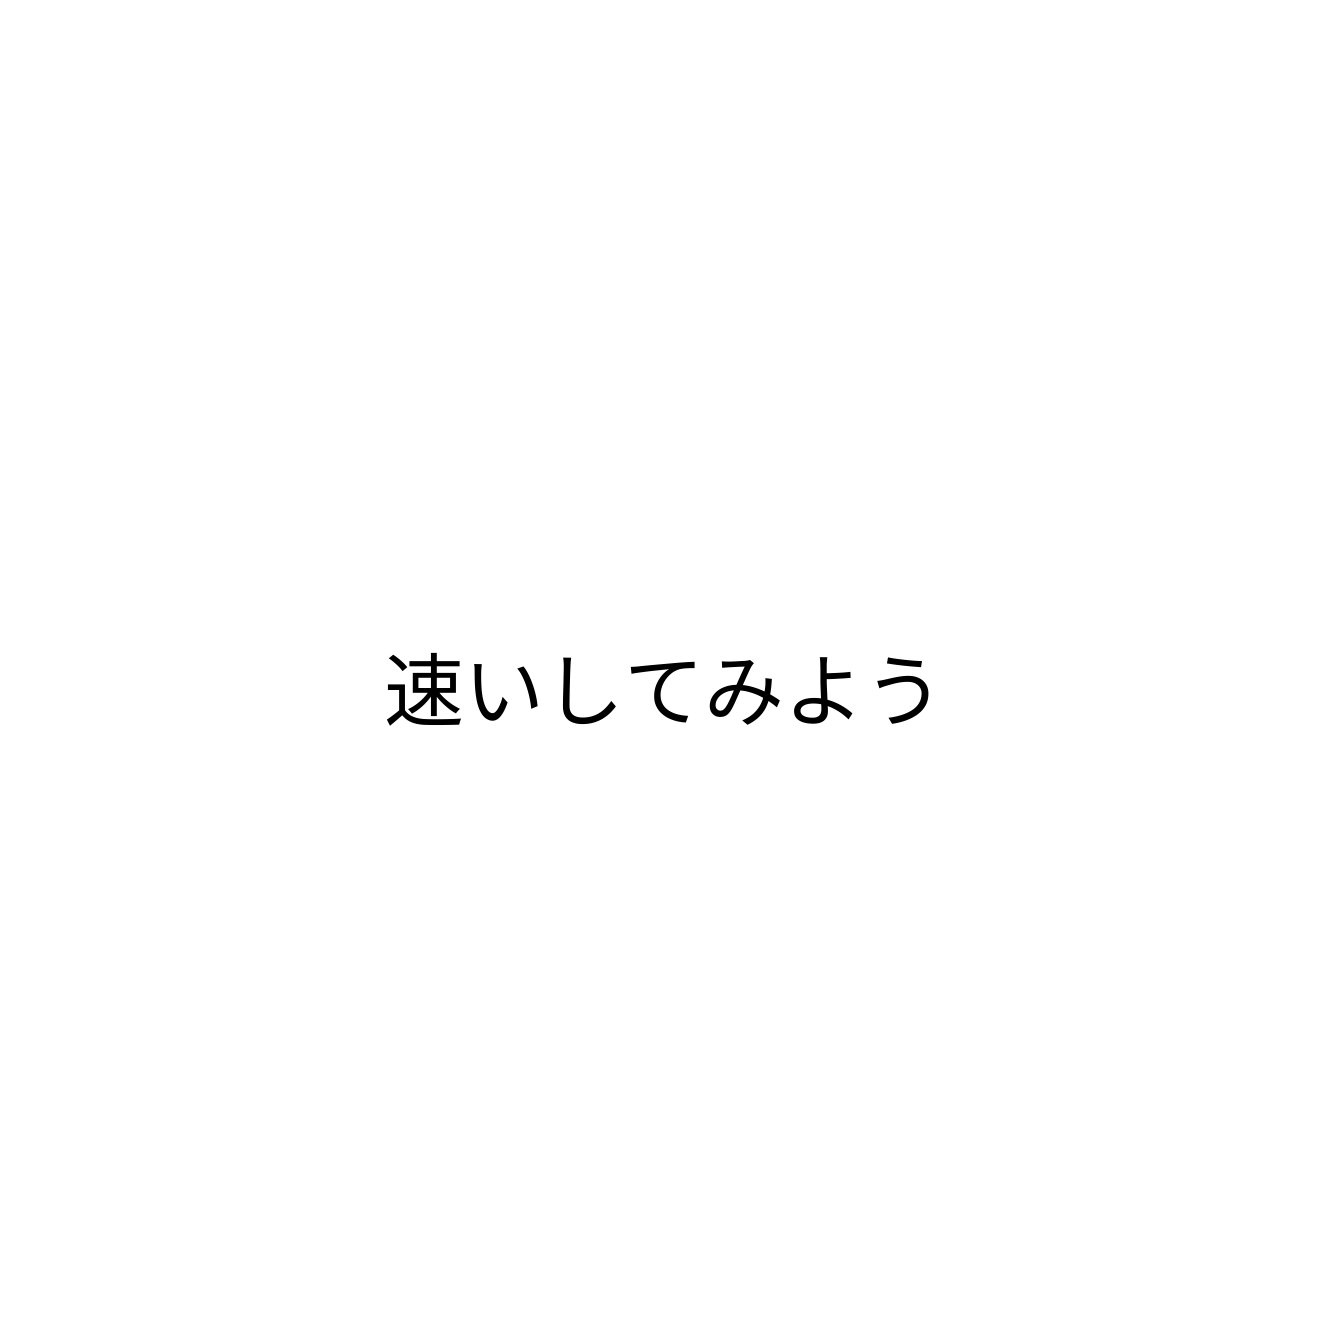
速いしてみよう